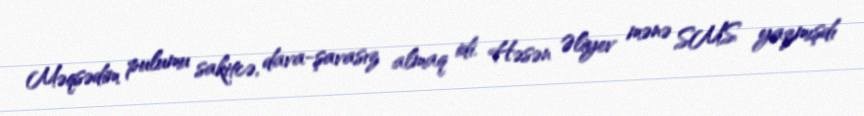
Məqsədim pulumu sakitcə, dava-şavasız almaq idi. Həsən Əliyev mənə SMS yazmışdı